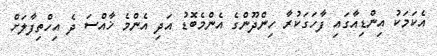
އެކަމަކު އިންޑިއާގައި ފާހަގަކުރާ ހިންދޫންގެ އެންމެބޮޑު އަދި އެންމެ ޚާއްސަ ދެ އިހްތިފާލަށް